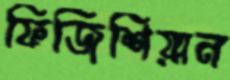
ফিজিশিয়ান